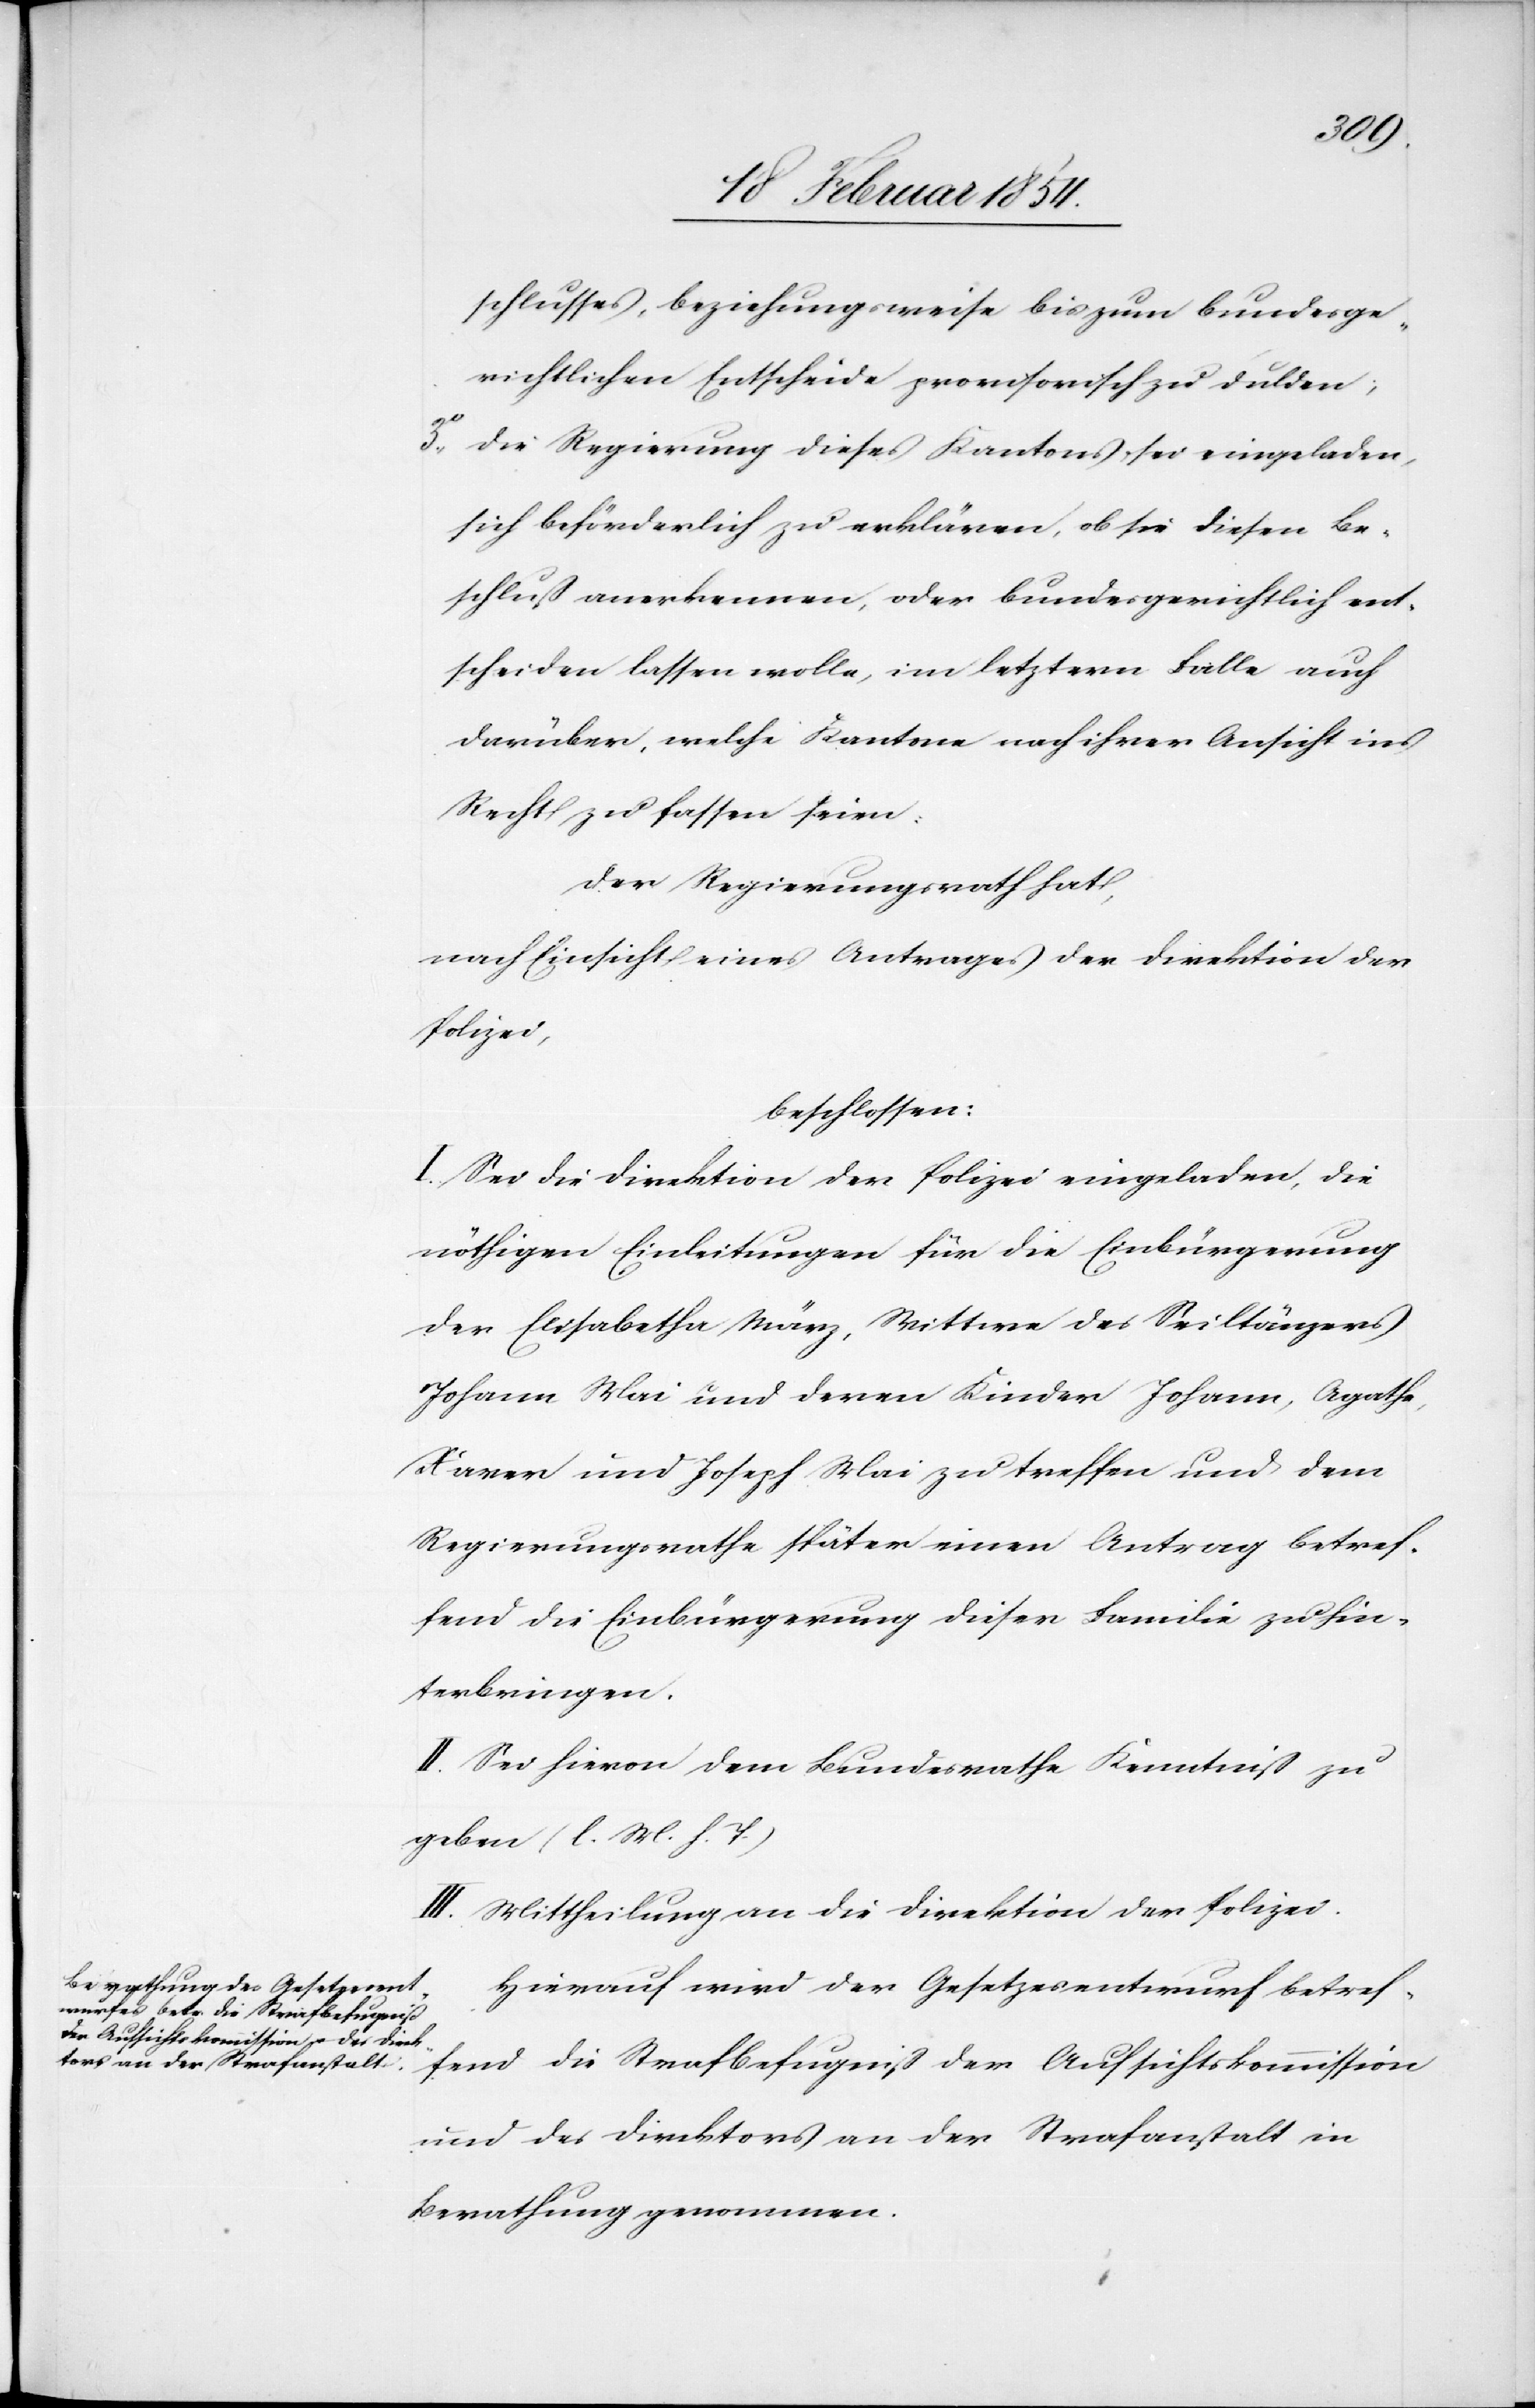
schlusses, beziehungsweise bis zum bundesge¬
richtlichen Entscheide provisorisch zu dulden;
3o Die Regierung dieses Kantons sei eingeladen,
sich beförderlich zu erklären, ob sie diesen Be¬
schluß anerkennen, oder bundesgerichtlich ent¬
scheiden lassen wolle, im letztern Falle auch
darüber, welche Kantone nach ihrer Ansicht ins
Recht zu fassen seien:
Der Regierungsrath hat,
nach Einsicht eines Antrages der Direktion der
Polizei,
beschlossen:
I. Sei die Direktion der Polizei eingeladen, die
nöthigen Einleitungen für die Einbürgerung
der Elisabetha März, Wittwe des Seiltänzers
Johann Mai und deren Kinder Johann, Agathe,
Xaver und Joseph Mai zu treffen und dem
Regierungsrathe später einen Antrag betref¬
fend die Einbürgerung dieser Familie zu hin¬
terbringen.
II. Sei hievon dem Bundesrathe Kenntniß zu
geben (l. M. h. T.)
III. Mittheilung an die Direktion der Polizei.
Hierauf wird der Gesetzesentwurf betref¬
fend die Strafbefugniß der Aufsichtskommission
und des Direktors an der Strafanstalt in
Berathung genommen.